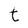
Character: t